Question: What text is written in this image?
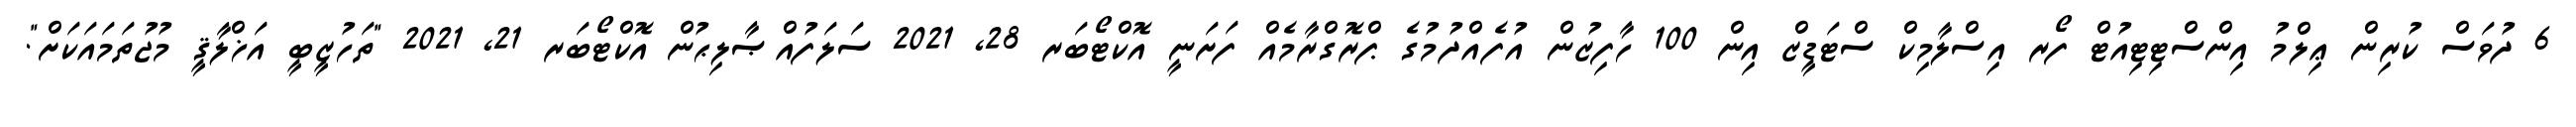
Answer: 6 ދުވަސް ކުރިން ޢިލްމު އިންސްޓިޓިއުޓް ފޯރ އިސްލާމިކް ސްޓަޑީޒް އިން 100 ހާފިޒުން އުފެއްދުމުގެ ޕްރޮގްރާމެއް ފަށަނީ އޮކްޓޯބަރ 28, 2021 ސަލަފުއްޞާލިޙުން އޮކްޓޯބަރ 21, 2021 "ތަހުޒީބީ އަޚްލާޤީ މުޖުތަމައަކަށް".